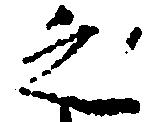
之